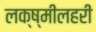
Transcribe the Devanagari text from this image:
लक्ष्मीलहरी